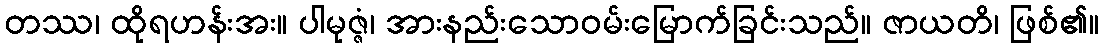
တဿ၊ ထိုရဟန်းအး။ ပါမုဇ္ဇံ၊ အားနည်းသောဝမ်းမြောက်ခြင်းသည်။ ဇာယတိ၊ ဖြစ်၏။